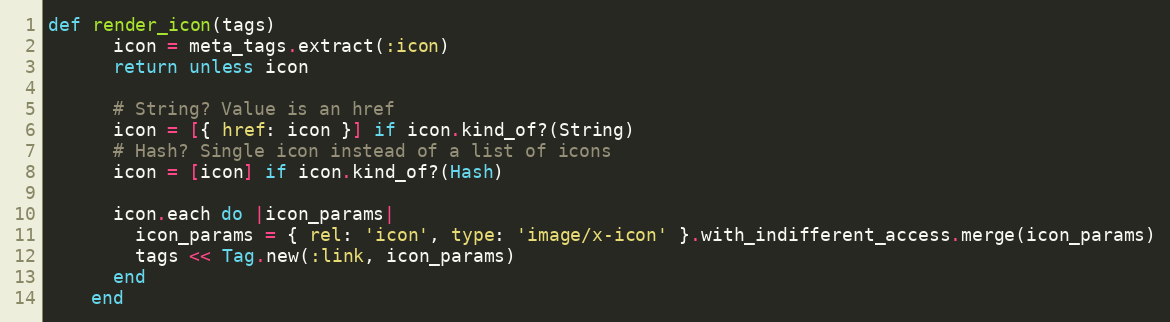
Language: Ruby
def render_icon(tags)
      icon = meta_tags.extract(:icon)
      return unless icon

      # String? Value is an href
      icon = [{ href: icon }] if icon.kind_of?(String)
      # Hash? Single icon instead of a list of icons
      icon = [icon] if icon.kind_of?(Hash)

      icon.each do |icon_params|
        icon_params = { rel: 'icon', type: 'image/x-icon' }.with_indifferent_access.merge(icon_params)
        tags << Tag.new(:link, icon_params)
      end
    end